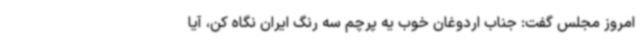
امروز مجلس گفت: جناب اردوغان خوب یه پرچم سه رنگ ایران نگاه کن، آیا